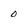
Character: 0